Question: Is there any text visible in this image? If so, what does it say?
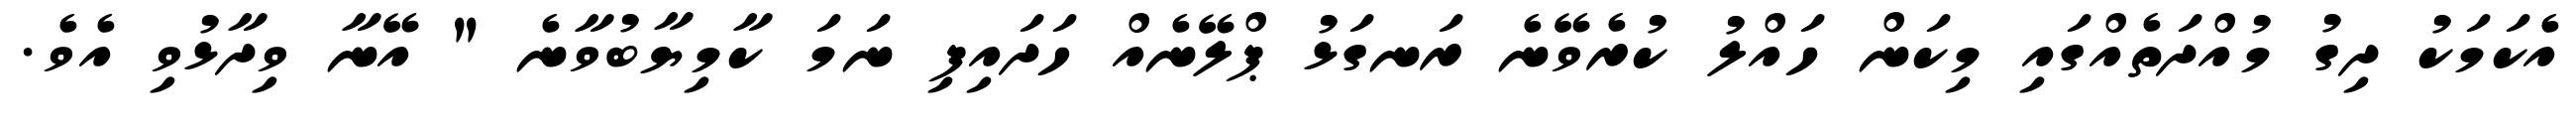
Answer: އެކަމަކު ދިގު މުއްދަތެއްގައި މިކަން ހައްލު ކުރެވޭނެ ރަނގަޅު ޕްލޭނެއް ހަދައިފި ނަމަ ކާމިޔާބުވާނެ " އޭނާ ވިދާޅުވި އެވެ.